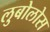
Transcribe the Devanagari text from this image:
लुबोलोस